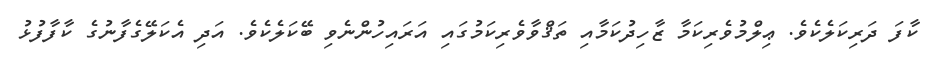
ކާފަ ދަރިކަލެކެވެ. ޢިލްމުވެރިކަމާ ޒާހިދުކަމާއި ތަޤްވާވެރިކަމުގައި އަރައިހުންނެވި ބޭކަލެކެވެ. އަދި އެކަލޭގެފާނުގެ ކާފާފުޅު